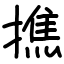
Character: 撨